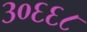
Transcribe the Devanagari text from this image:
३०६६८